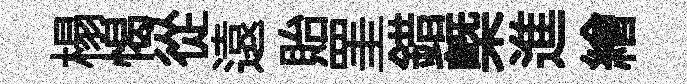
榻愒從遠貽罣錯槩進繪